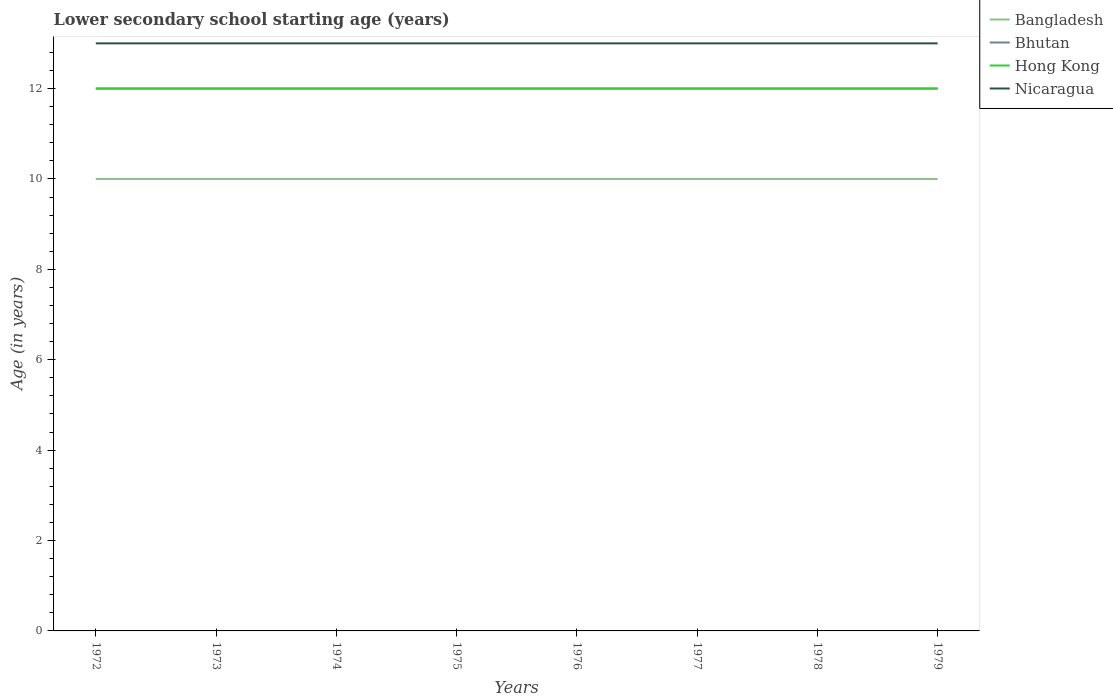
| Years | Bangladesh | Bhutan | Hong Kong | Nicaragua |
 | --- | --- | --- | --- | --- |
 | 1972 | 10 | 12 | 12 | 13 |
 | 1973 | 10 | 12 | 12 | 13 |
 | 1974 | 10 | 12 | 12 | 13 |
 | 1975 | 10 | 12 | 12 | 13 |
 | 1976 | 10 | 12 | 12 | 13 |
 | 1977 | 10 | 12 | 12 | 13 |
 | 1978 | 10 | 12 | 12 | 13 |
 | 1979 | 10 | 12 | 12 | 13 |